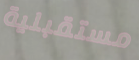
مستقبلية